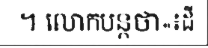
។ លោកបន្តថា«៖ដី